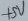
Text: +5V